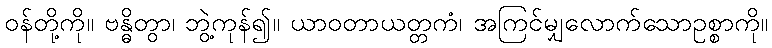
ဝန်တို့ကို။ ဗန္ဓိတွာ၊ ဘွဲ့ကုန်၍။ ယာဝတာယတ္တကံ၊ အကြင်မျှလောက်သောဥစ္စာကို။